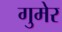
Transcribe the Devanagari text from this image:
गुमेर